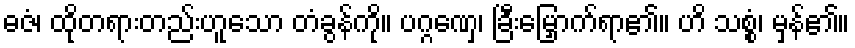
ဓဇံ၊ ထိုတရားတည်းဟူသော တံခွန်ကို။ ပဂ္ဂဏှေ၊ ခြီးမြှောက်ရာ၏။ ဟိ သစ္စံ၊ မှန်၏။